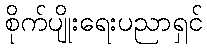
စိုက်ပျိုးရေးပညာရှင်